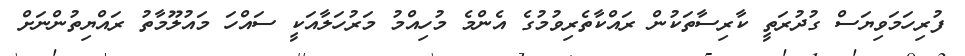
ފުރިހަމަވިޔަސް ގުދުރަތީ ކާރިސާތަކުން ރައްކާތެރިވުމުގެ އެންމެ މުހިއްމު މަރުހަލާއަކީ ސައްހަ މައުލޫމާތު ރައްޔިތުންނަށް